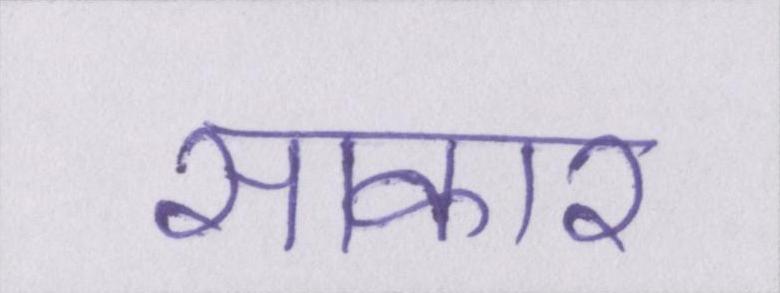
साकार